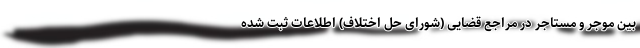
بین موجر و مستاجر در مراجع قضایی (شورای حل اختلاف) اطلاعات ثبت شده